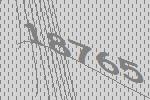
18765